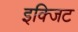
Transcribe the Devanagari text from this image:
इक्जिट